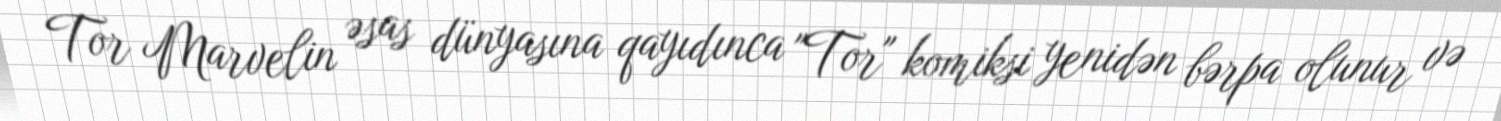
Tor Marvelin əsas dünyasına qayıdınca "Tor" komiksi yenidən bərpa olunur və